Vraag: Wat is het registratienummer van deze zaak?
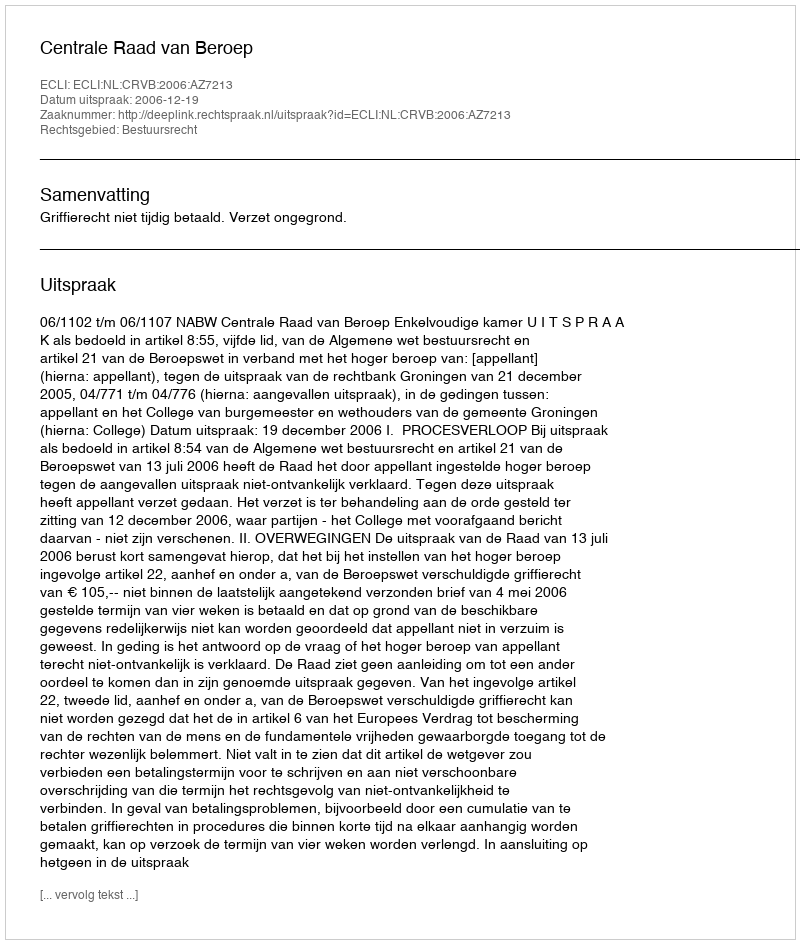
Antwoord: http://deeplink.rechtspraak.nl/uitspraak?id=ECLI:NL:CRVB:2006:AZ7213